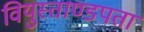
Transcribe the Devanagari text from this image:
वियुस्ताण्डपता